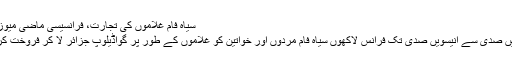
سیاہ فام غلاموں کی تجارت، فرانسیسی ماضی میوزیم میں
سترہویں صدی سے انیسویں صدی تک فرانس لاکھوں سیاہ فام مردوں اور خواتین کو غلاموں کے طور پر گواڈیلوپ جزائر لا کر فروخت کرتا رہا۔